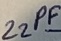
Text: 22PF